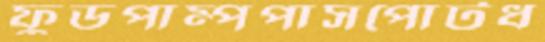
ফুডপাম্পপাসপোর্টধ